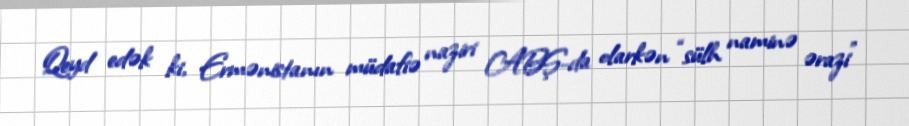
Qeyd edək ki, Ermənistanın müdafiə naziri ABŞ-da olarkən “sülh naminə ərazi”